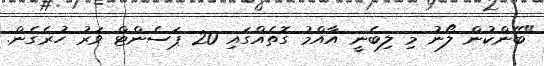
"ބޭންކުން ލޯނު މި ލިބެނީ އާއްމު ގޮތެއްގައި 20 ޕަސެންޓް ވަރު ހުރެގެން.